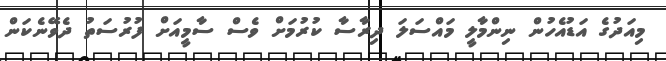
މިއަދުގެ އަޑުއެހުން ނިންމާލީ މައްސަލަ ދިރާސާ ކުރުމަށް ވެސް ސާމީއަށް ފުރުސަތު ދެވޭނެކަން